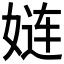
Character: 𮱇